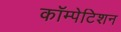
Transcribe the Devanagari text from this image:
कॉम्पेटिशन